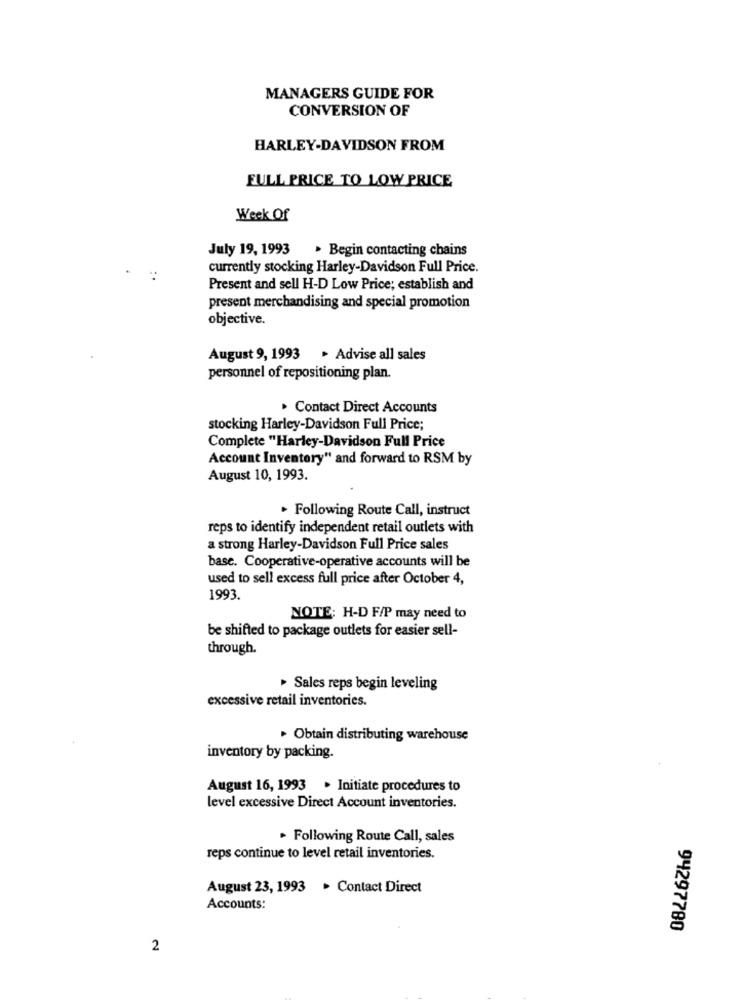
MANAGERS GUIDE FOR
CONVERSION OF
HARLEY-DAVIDSON FROM
FULL PRICE TO LOW PRICE
Week Of
July 19, 1993
. Begin contacting chains
currently stocking Harley-Davidson Full Price.
Present and sell H-D Low Price; establish and
present merchandising and special promotion
objective.
August 9, 1993 . Advise all sales
personnel of repositioning plan.
> Contact Direct Accounts
stocking Harley-Davidson Full Price;
Complete "Harley-Davidson Full Price
Account Inventory" and forward to RSM by
August 10, 1993.
. Following Route Call, instruct
reps to identify independent retail outlets with
a strong Harley-Davidson Full Price sales
base. Cooperative-operative accounts will be
used to sell excess full price after October 4,
1993.
NOTE: H-D F/P may need to
be shifted to package outlets for easier sell-
through.
Sales reps begin leveling
excessive retail inventories.
Obtain distributing warehouse
inventory by packing.
August 16, 1993 . Initiate procedures to
level excessive Direct Account inventories.
. Following Route Call, sales
reps continue to level retail inventories.
August 23, 1993 . Contact Direct
Accounts:
94297780
2